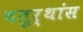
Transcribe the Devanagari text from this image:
चतुर्थांस